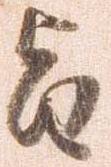
旨